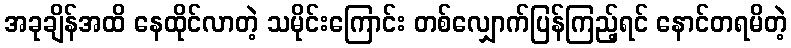
အခုချိန်အထိ နေထိုင်လာတဲ့ သမိုင်းကြောင်း တစ်လျှောက်ပြန်ကြည့်ရင် နောင်တရမိတဲ့